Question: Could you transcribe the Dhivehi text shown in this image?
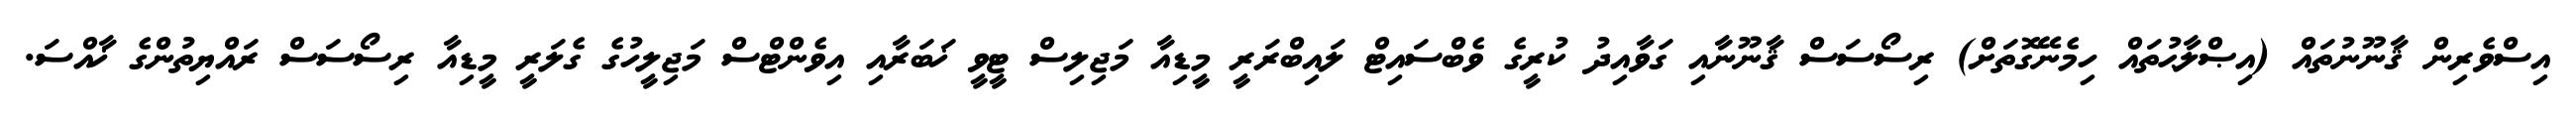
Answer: އިސްވެރިން ޤާނޫނުތައް (އިޞްލާޙުތައް ހިމެނޭގޮތަށް) ރިސޯސަސް ޤާނޫނާއި ގަވާއިދު ކުރީގެ ވެބްސައިޓް ލައިބްރަރީ މީޑިއާ މަޖިލިސް ޓީވީ ޚަބަރާއި އިވެންޓްސް މަޖިލީހުގެ ގެލަރީ މީޑިއާ ރިސޯސަސް ރައްޔިތުންގެ ޚާއްސަ.